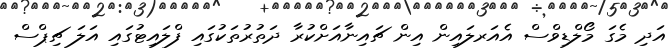
އަދި މެގަ މޯލްޑިވްސް އެއަރލައިން އިން ޗައިނާއަށްކުރާ ދަތުރުތަކުގައި ފްލައިޓުގައި އަލަ ޗިޕްސް